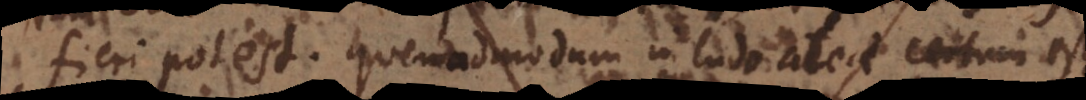
fieri potest. Quemadmodum in ludo aleae certum est